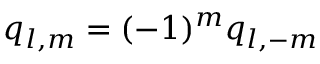
q _ { l , m } = ( - 1 ) ^ { m } q _ { l , - m }